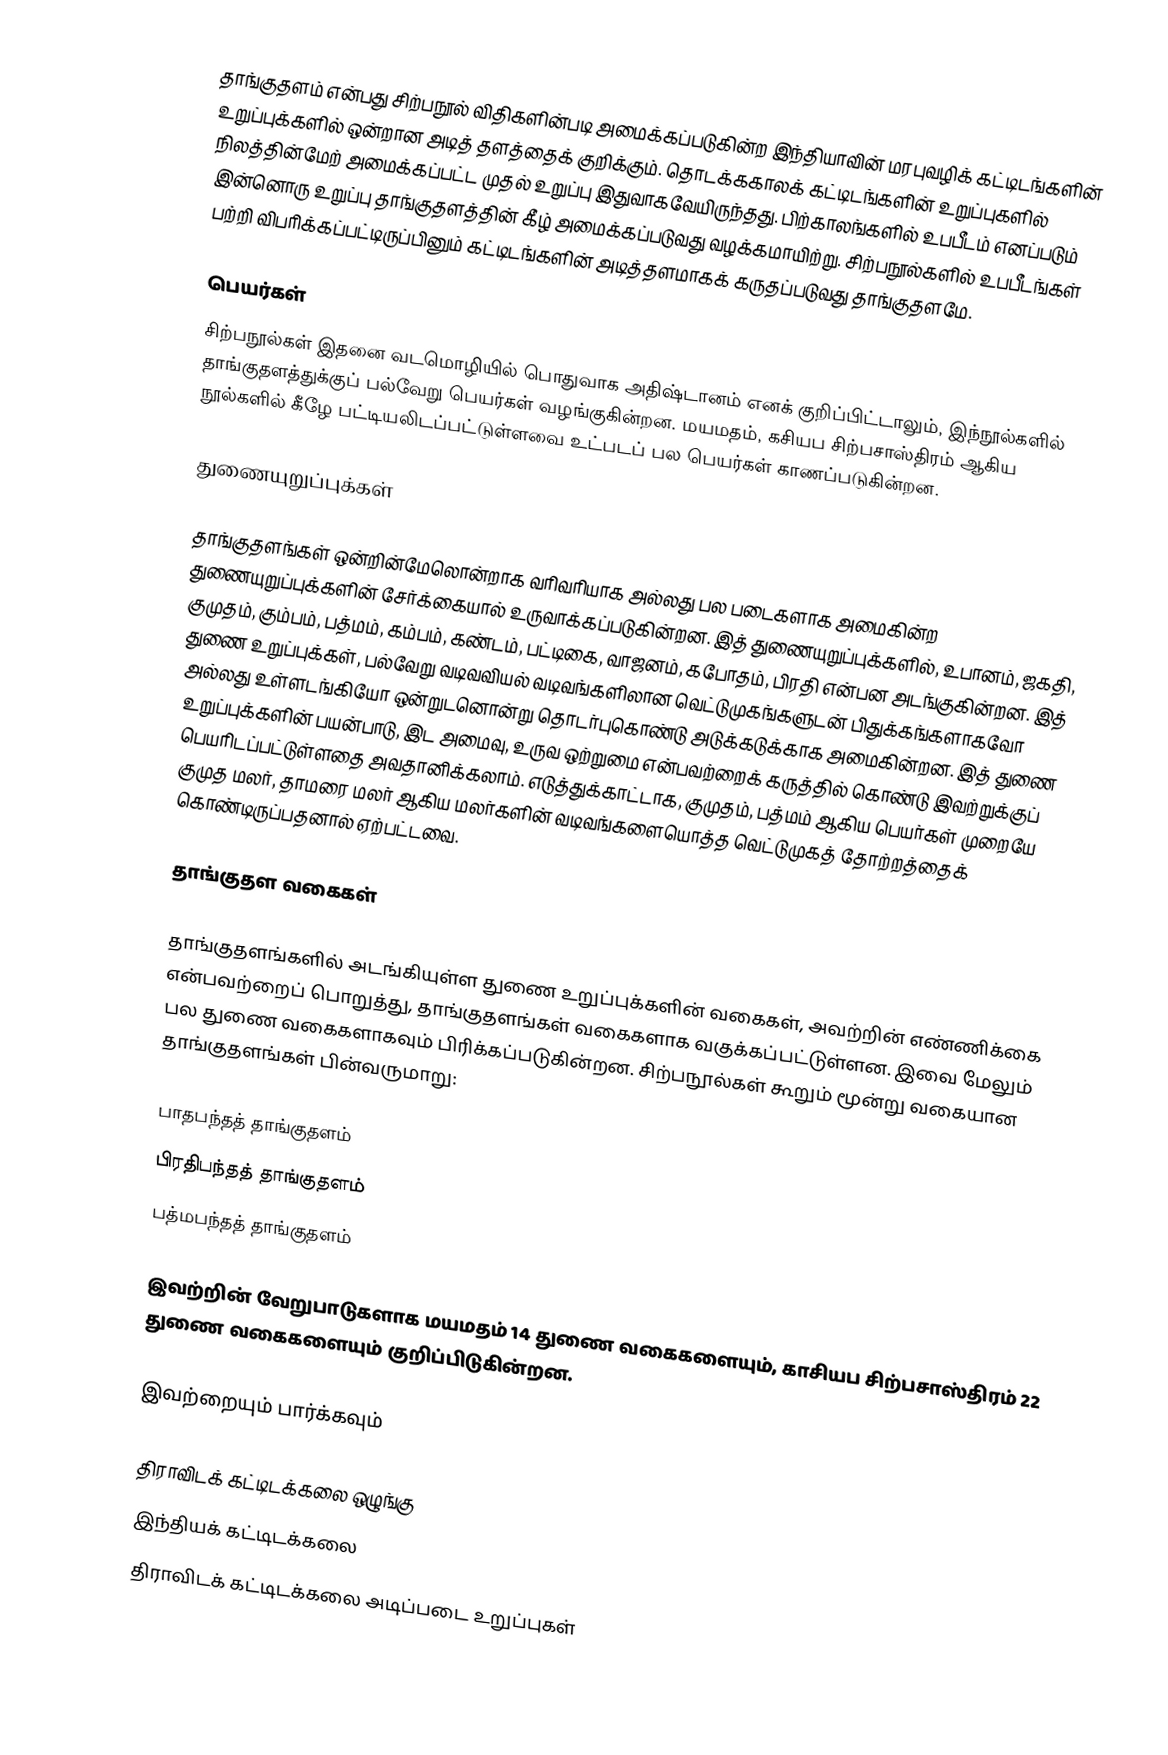
தாங்குதளம் என்பது சிற்பநூல் விதிகளின்படி அமைக்கப்படுகின்ற இந்தியாவின் மரபுவழிக் கட்டிடங்களின் உறுப்புக்களில் ஒன்றான அடித் தளத்தைக் குறிக்கும். தொடக்ககாலக் கட்டிடங்களின் உறுப்புகளில் நிலத்தின்மேற் அமைக்கப்பட்ட முதல் உறுப்பு இதுவாகவேயிருந்தது. பிற்காலங்களில் உபபீடம் எனப்படும் இன்னொரு உறுப்பு தாங்குதளத்தின் கீழ் அமைக்கப்படுவது வழக்கமாயிற்று. சிற்பநூல்களில் உபபீடங்கள் பற்றி விபரிக்கப்பட்டிருப்பினும் கட்டிடங்களின் அடித்தளமாகக் கருதப்படுவது தாங்குதளமே.

பெயர்கள்
சிற்பநூல்கள் இதனை வடமொழியில் பொதுவாக அதிஷ்டானம் எனக் குறிப்பிட்டாலும், இந்நூல்களில் தாங்குதளத்துக்குப் பல்வேறு பெயர்கள் வழங்குகின்றன. மயமதம், கசியப சிற்பசாஸ்திரம் ஆகிய நூல்களில் கீழே பட்டியலிடப்பட்டுள்ளவை உட்படப் பல பெயர்கள் காணப்படுகின்றன.

துணையுறுப்புக்கள்

தாங்குதளங்கள் ஒன்றின்மேலொன்றாக வரிவரியாக அல்லது பல படைகளாக அமைகின்ற துணையுறுப்புக்களின் சேர்க்கையால் உருவாக்கப்படுகின்றன. இத் துணையுறுப்புக்களில், உபானம், ஜகதி, குமுதம், கும்பம், பத்மம், கம்பம், கண்டம், பட்டிகை, வாஜனம், கபோதம், பிரதி என்பன அடங்குகின்றன. இத் துணை உறுப்புக்கள், பல்வேறு வடிவவியல் வடிவங்களிலான வெட்டுமுகங்களுடன் பிதுக்கங்களாகவோ அல்லது உள்ளடங்கியோ ஒன்றுடனொன்று தொடர்புகொண்டு அடுக்கடுக்காக அமைகின்றன. இத் துணை உறுப்புக்களின் பயன்பாடு, இட அமைவு, உருவ ஒற்றுமை என்பவற்றைக் கருத்தில் கொண்டு இவற்றுக்குப் பெயரிடப்பட்டுள்ளதை அவதானிக்கலாம். எடுத்துக்காட்டாக, குமுதம், பத்மம் ஆகிய பெயர்கள் முறையே குமுத மலர், தாமரை மலர் ஆகிய மலர்களின் வடிவங்களையொத்த வெட்டுமுகத் தோற்றத்தைக் கொண்டிருப்பதனால் ஏற்பட்டவை.

தாங்குதள வகைகள்

தாங்குதளங்களில் அடங்கியுள்ள துணை உறுப்புக்களின் வகைகள், அவற்றின் எண்ணிக்கை என்பவற்றைப் பொறுத்து, தாங்குதளங்கள் வகைகளாக வகுக்கப்பட்டுள்ளன. இவை மேலும் பல துணை வகைகளாகவும் பிரிக்கப்படுகின்றன. சிற்பநூல்கள் கூறும் மூன்று வகையான தாங்குதளங்கள் பின்வருமாறு:

 பாதபந்தத் தாங்குதளம்
 பிரதிபந்தத் தாங்குதளம்
 பத்மபந்தத் தாங்குதளம்

இவற்றின் வேறுபாடுகளாக மயமதம் 14 துணை வகைகளையும், காசியப சிற்பசாஸ்திரம் 22 துணை வகைகளையும் குறிப்பிடுகின்றன.

இவற்றையும் பார்க்கவும்

 திராவிடக் கட்டிடக்கலை ஒழுங்கு
இந்தியக் கட்டிடக்கலை
திராவிடக் கட்டிடக்கலை அடிப்படை உறுப்புகள்